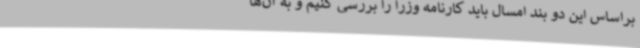
براساس این دو بند امسال باید کارنامه وزرا را بررسی کنیم و به آن‌ها